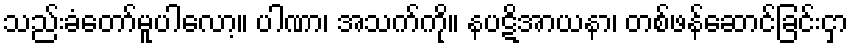
သည်းခံတော်မူပါလော့။ ပါဏာ၊ အသက်ကို။ နပဋိအာယနာ၊ တစ်ဖန်ဆောင်ခြင်းငှာ